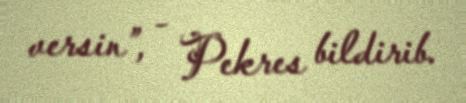
versin”, - Pekres bildirib.